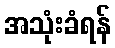
အသုံးခံရန်